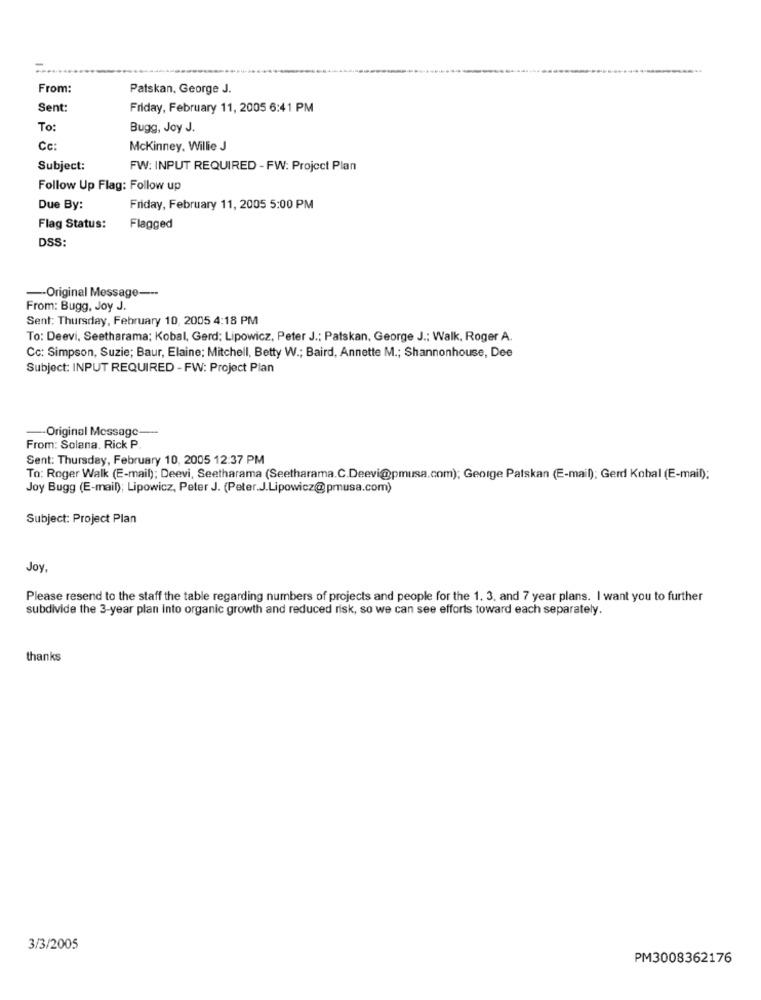
From:
Patskan, George J.
Sent:
Friday, February 11, 2005 6:41 PM
To:
Bugg, Joy J.
Cc:
Mckinney, Willie J
Subject:
FW: INPUT REQUIRED - FW: Project Plan
Follow Up Flag: Follow up
Due By:
Friday, February 11, 2005 5:00 PM
Flag Status:
Flagged
DSS:
-- Original Message ---
From: Bugg, Joy J.
Sent: Thursday, February 10, 2005 4:18 PM
To: Deevi, Seetharama; Kobal, Gerd: Lipowicz, Peter J .: Patskan, George J .; Walk, Roger A.
Cc: Simpson, Suzie; Baur, Elaine; Mitchell, Betty W .; Baird, Annette M .; Shannonhouse, Dee
Subject: INPUT REQUIRED - FW: Project Plan
-Original Message-
From: Solana. Rick P
Sent: Thursday, February 10, 2005 12:37 PM
To: Roger Walk (E-mail); Deevi, Seetharama (Seetharama.C.Deevi@pmusa.com); George Patskan (E-mail); Gerd Kobal (E-mail):
Joy Bugg (E-mail); Lipowicz, Peter J. (Peter.J.Lipowicz@pmusa.com)
Subject: Project Plan
Joy.
Please resend to the staff the table regarding numbers of projects and people for the 1. 3, and 7 year plans. I want you to further
subdivide the 3-year plan into organic growth and reduced risk, so we can see efforts toward each separately.
thanks
3/3/2005
PM3008362176